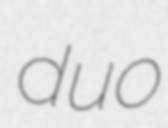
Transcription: duo